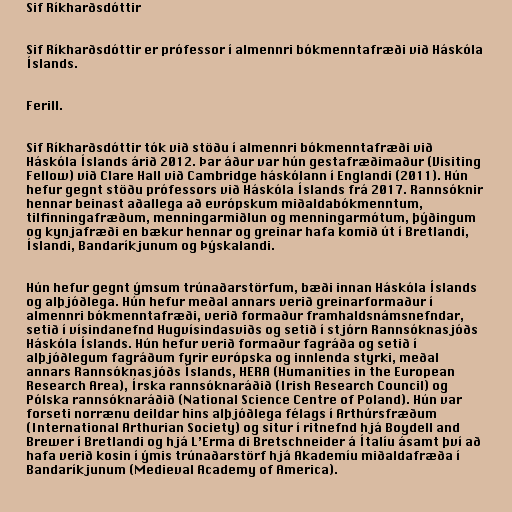
Sif Ríkharðsdóttir

Sif Ríkharðsdóttir er prófessor í almennri bókmenntafræði við Háskóla
Íslands.

Ferill.

Sif Ríkharðsdóttir tók við stöðu í almennri bókmenntafræði við
Háskóla Íslands árið 2012. Þar áður var hún gestafræðimaður (Visiting
Fellow) við Clare Hall við Cambridge háskólann í Englandi (2011). Hún
hefur gegnt stöðu prófessors við Háskóla Íslands frá 2017. Rannsóknir
hennar beinast aðallega að evrópskum miðaldabókmenntum,
tilfinningafræðum, menningarmiðlun og menningarmótum, þýðingum
og kynjafræði en bækur hennar og greinar hafa komið út í Bretlandi,
Íslandi, Bandaríkjunum og Þýskalandi.

Hún hefur gegnt ýmsum trúnaðarstörfum, bæði innan Háskóla Íslands
og alþjóðlega. Hún hefur meðal annars verið greinarformaður í
almennri bókmenntafræði, verið formaður framhaldsnámsnefndar,
setið í vísindanefnd Hugvísindasviðs og setið í stjórn Rannsóknasjóðs
Háskóla Íslands. Hún hefur verið formaður fagráða og setið í
alþjóðlegum fagráðum fyrir evrópska og innlenda styrki, meðal
annars Rannsóknasjóðs Íslands, HERA (Humanities in the European
Research Area), Írska rannsóknaráðið (Irish Research Council) og
Pólska rannsóknaráðið (National Science Centre of Poland). Hún var
forseti norrænu deildar hins alþjóðlega félags í Arthúrsfræðum
(International Arthurian Society) og situr í ritnefnd hjá Boydell and
Brewer í Bretlandi og hjá L’Erma di Bretschneider á Ítalíu ásamt því að
hafa verið kosin í ýmis trúnaðarstörf hjá Akademíu miðaldafræða í
Bandaríkjunum (Medieval Academy of America).